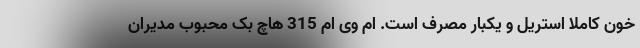
خون کاملا استریل و یکبار مصرف است. ام وی ام 315 هاچ بک محبوب مدیران